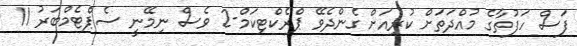
ފަސް ހަފުތާގެ މުއްދަތަށް ކުރިއަށް ގެންދެވޭ ޕްރެކްޓިކަމް-2 ވެސް ނިމޭނީ ސެޕްޓެމްބަރު 11